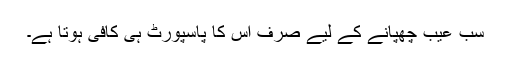
سب عیب چھپانے کے لیے صرف اس کا پاسپورٹ ہی کافی ہوتا ہے۔